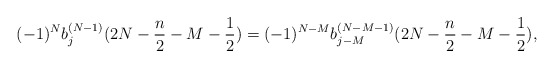
\begin{align*} (-1)^Nb_j^{(N-1)}(2N-\frac n2-M-\frac 12) =(-1)^{N-M}b_{j-M}^{(N-M-1)}(2N-\frac n2-M-\frac 12), \end{align*}